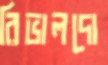
রিভালদো